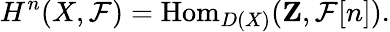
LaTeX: H^{n}(X,{\mathcal{F}})=\operatorname{Hom}_{D(X)}(\mathbf{Z},{\mathcal{F}}[n]).